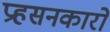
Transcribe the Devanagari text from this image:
प्रहसनकारों